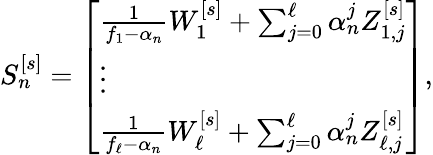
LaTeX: \begin{array}{r}{S_{n}^{[s]}=\left[\begin{array}{l}{\frac{1}{f_{1}-\alpha_{n}}W_{1}^{[s]}+\sum_{j=0}^{\ell}\alpha_{n}^{j}Z_{1,j}^{[s]}}\\ {\vdots}\\ {\frac{1}{f_{\ell}-\alpha_{n}}W_{\ell}^{[s]}+\sum_{j=0}^{\ell}\alpha_{n}^{j}Z_{\ell,j}^{[s]}}\end{array}\right],}\end{array}